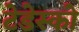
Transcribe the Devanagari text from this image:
टेडेस्को